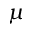
\mu